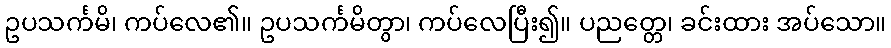
ဥပသင်္ကမိ၊ ကပ်လေ၏။ ဥပသင်္ကမိတွာ၊ ကပ်လေပြီး၍။ ပညတ္တေ၊ ခင်းထား အပ်သော။